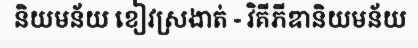
និយមន័យ ខៀវស្រងាត់ - វិគីភីឌានិយមន័យ